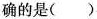
确的是()